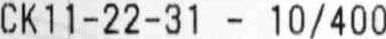
CK 11-22-31 - 10/400